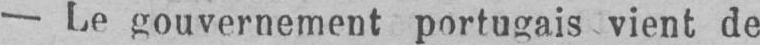
- Le gouvernement portugais vient de